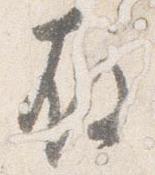
存